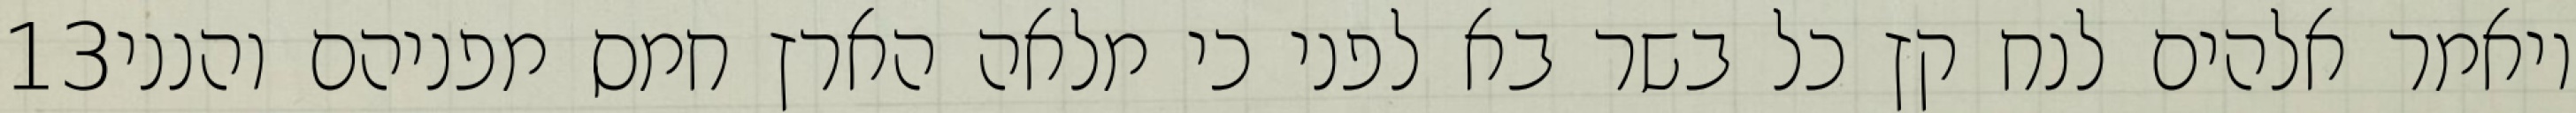
‎13‏ ויאמר אלהים לנח קץ כל בשר בא לפני כי מלאה הארץ חמס מפניהם והנני